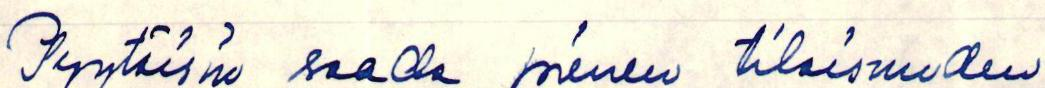
Pyytäisin saada pienen tilaisuuden